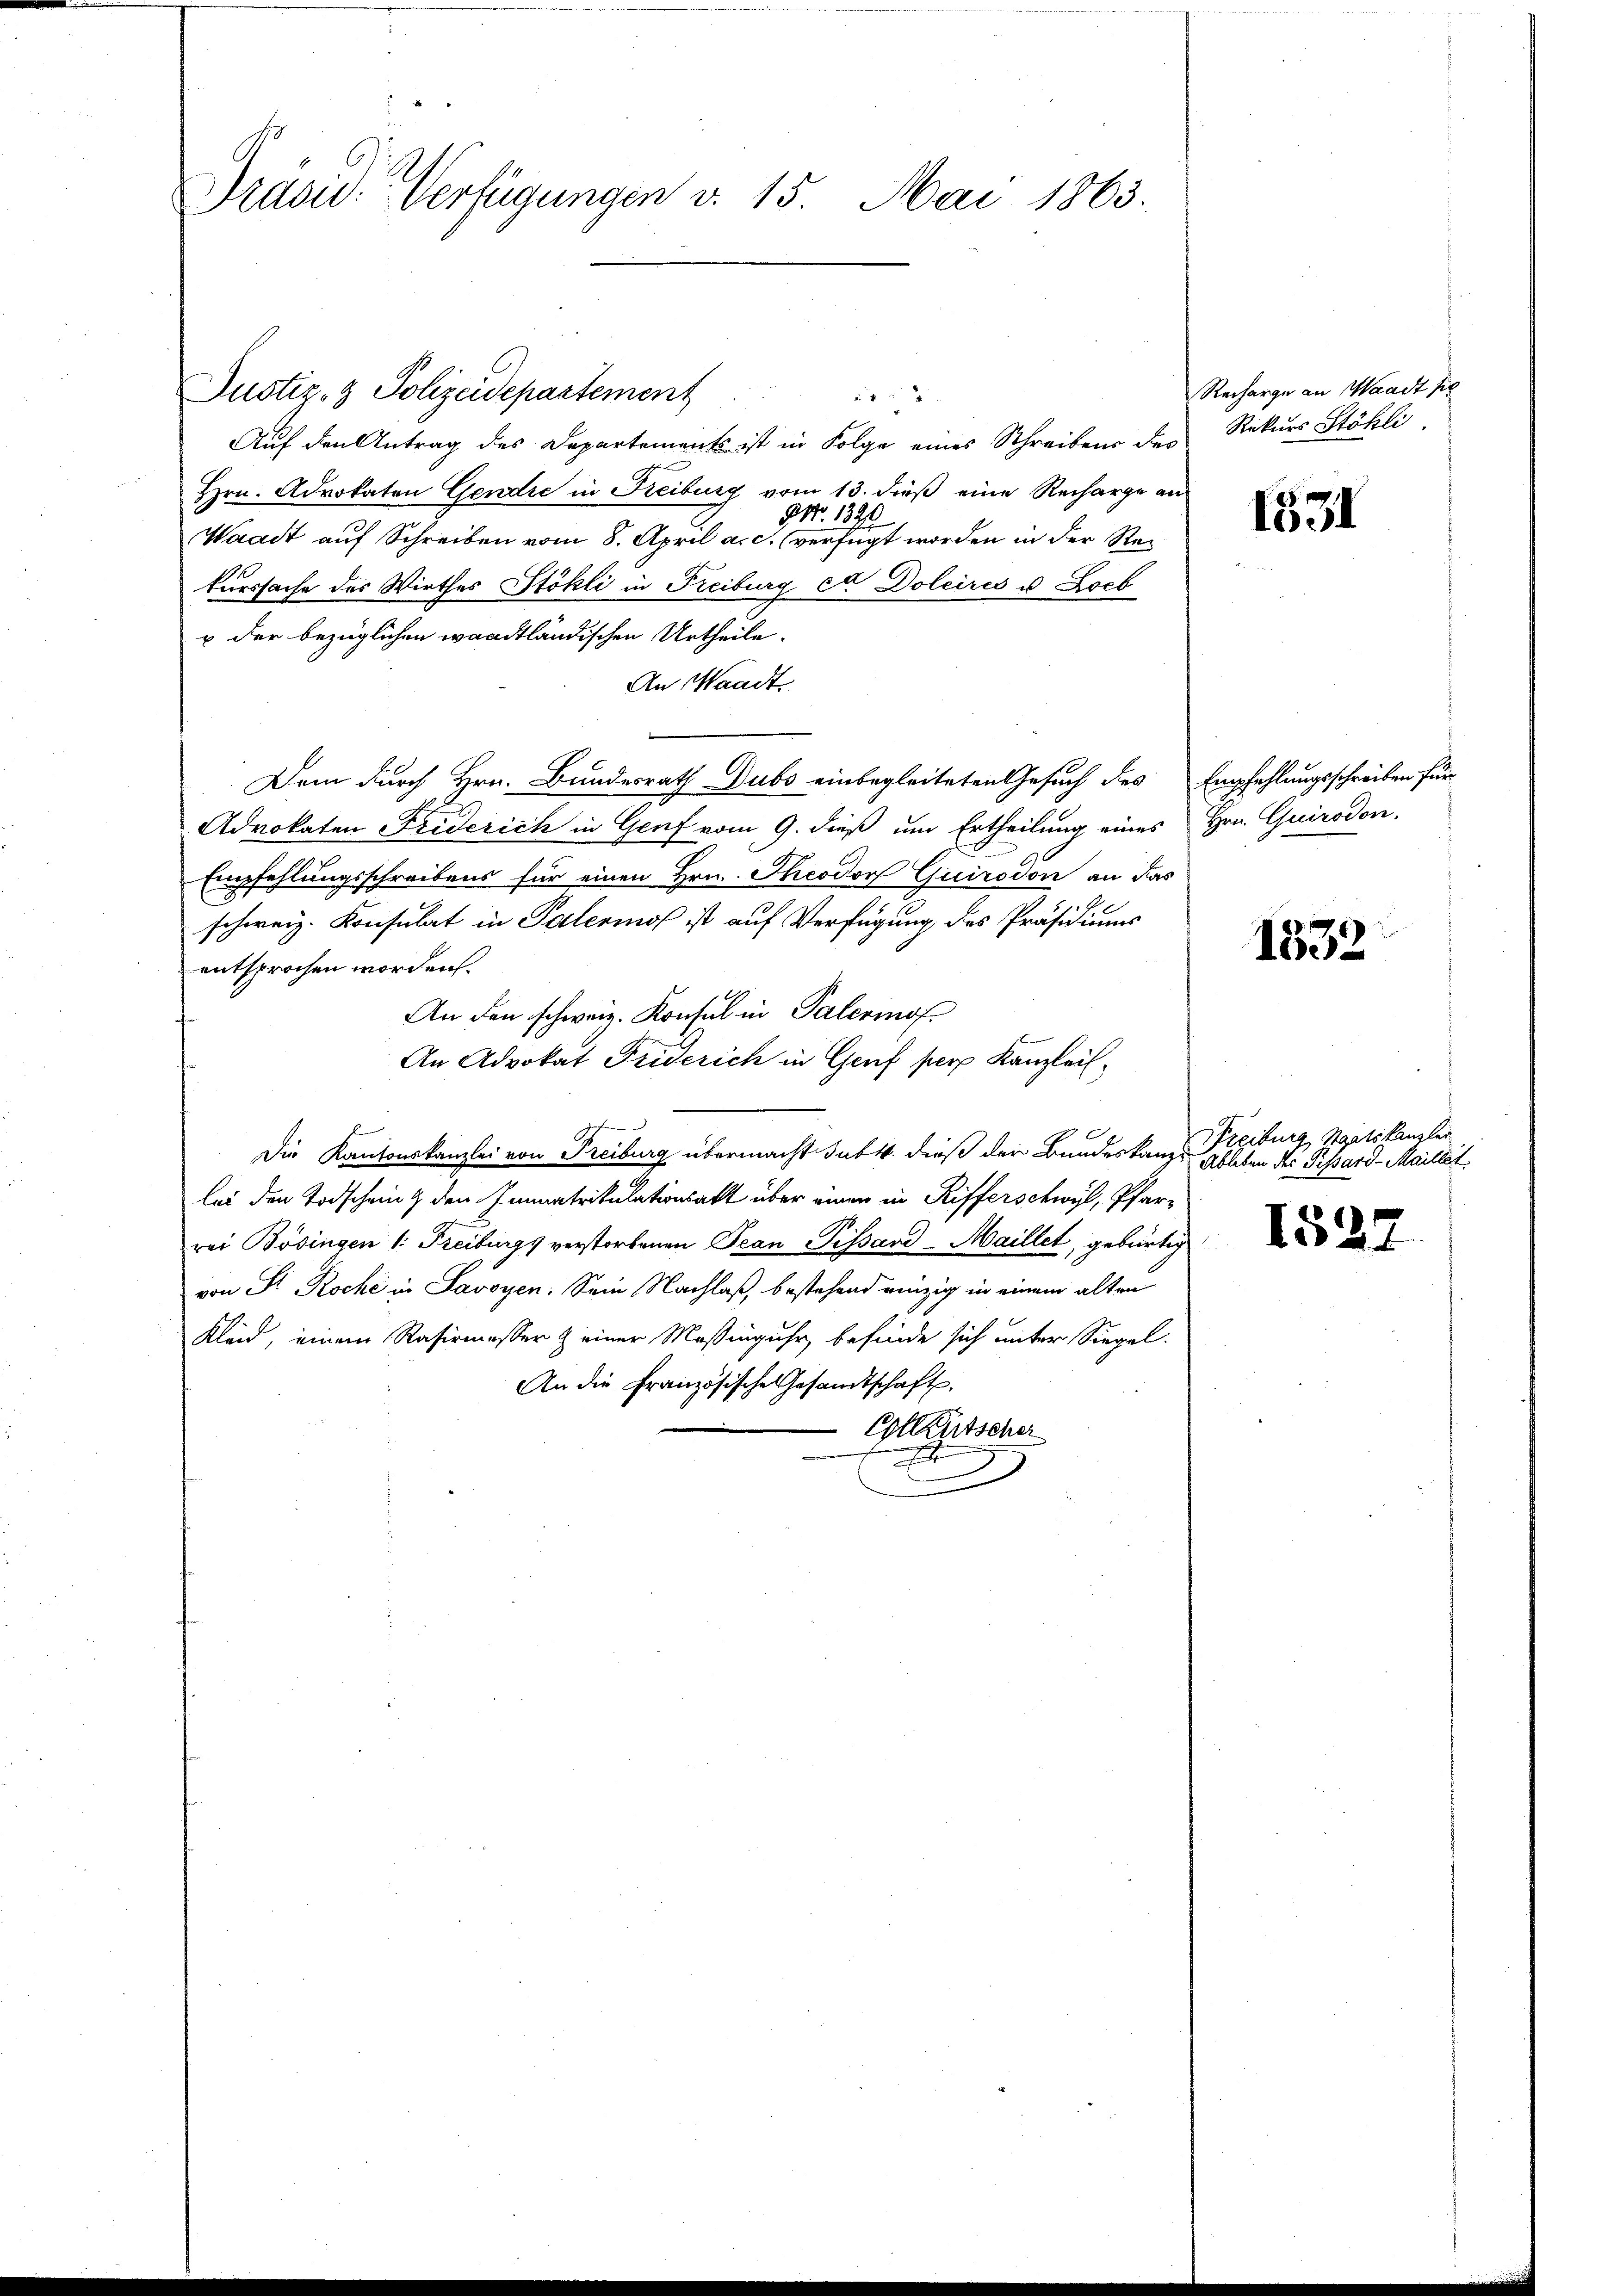
Präsid. Verfügungen v. 15. Mai 1863.

Auf den Antrag des Departements ist in Folge eines Schreibens des
Hrn. Advokaten Gendre in Freiburg vom 13. dieß eine Recharge an
NNo. 1390
Waadt auf Schreiben vom 8. April a. c. verfügt worden in der Rekurssache des Wirthes Stökli in Freiburg et Doleires u Zoeb
u der bezüglichen waadtländischen Urtheile.
An Waadt
Dem durch Hrn. Bundesrath Dubs einbegleiteten Gesuch des Empfehlungsschreiben für
Advokaten Friderich in Genf vom 9. dieß um Ertheilung eines Hrn. Guirodon.
Empfehlungsschreibens für einen Hrn. Theodor Quirodon an das
schweiz. Konsulat in Palerinos ist auf Verfügung des Präsidiums
entsprochen worden.
An den schweiz. Konsul in Palermof
An Advokat Friderich in Genf per Kanzleisdie
6
S
Die Kantonskanzlei von Freiburg übermacht Jabt. dieß der Bundeskanze Ableben des Pissard-Maillet
lei den Todschein den Immatrikulationsakt über einen in Rifferschwyl, Pfarrei Bösingen 1. Freiburgs verstorbenen Jean Pissard-Maillet, gebürtig
von Sr. Roche in Savoyen. Sein Nachlaß, bestehend einzig in einem alten
Kleid, einem Rasirmesser & einer Messinguhr befinde sich unter Siegel.
An die Französische Gesandtschaft.
Colletscher

.

Justiz- & Polizeidepartement

Recharge an Waadt sie
Rekurs Stöhli

1331

d
1532

Freiburg, Staatskanzlei

1527